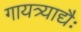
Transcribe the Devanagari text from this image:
गायत्र्याद्यैः